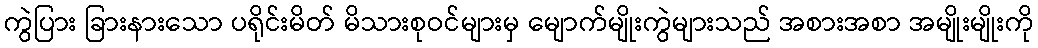
ကွဲပြား ခြားနားသော ပရိုင်းမိတ် မိသားစုဝင်များမှ မျောက်မျိုးကွဲများသည် အစားအစာ အမျိုးမျိုးကို